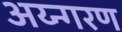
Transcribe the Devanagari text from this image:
अय्न्गरण